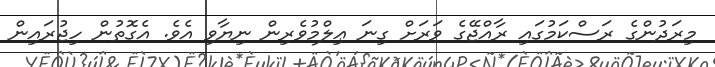
މިރަދުންގެ ރަސްކަމުގައި ރާއްޖޭގެ ވަރަށް ގިނަ ޢިލްމުވެރިން ނިޔާވި އެވެ. އެގޮތުން ހިޖުރައިން